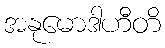
အနုမောဒါဟီတိ